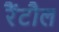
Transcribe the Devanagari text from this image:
रैंटौल